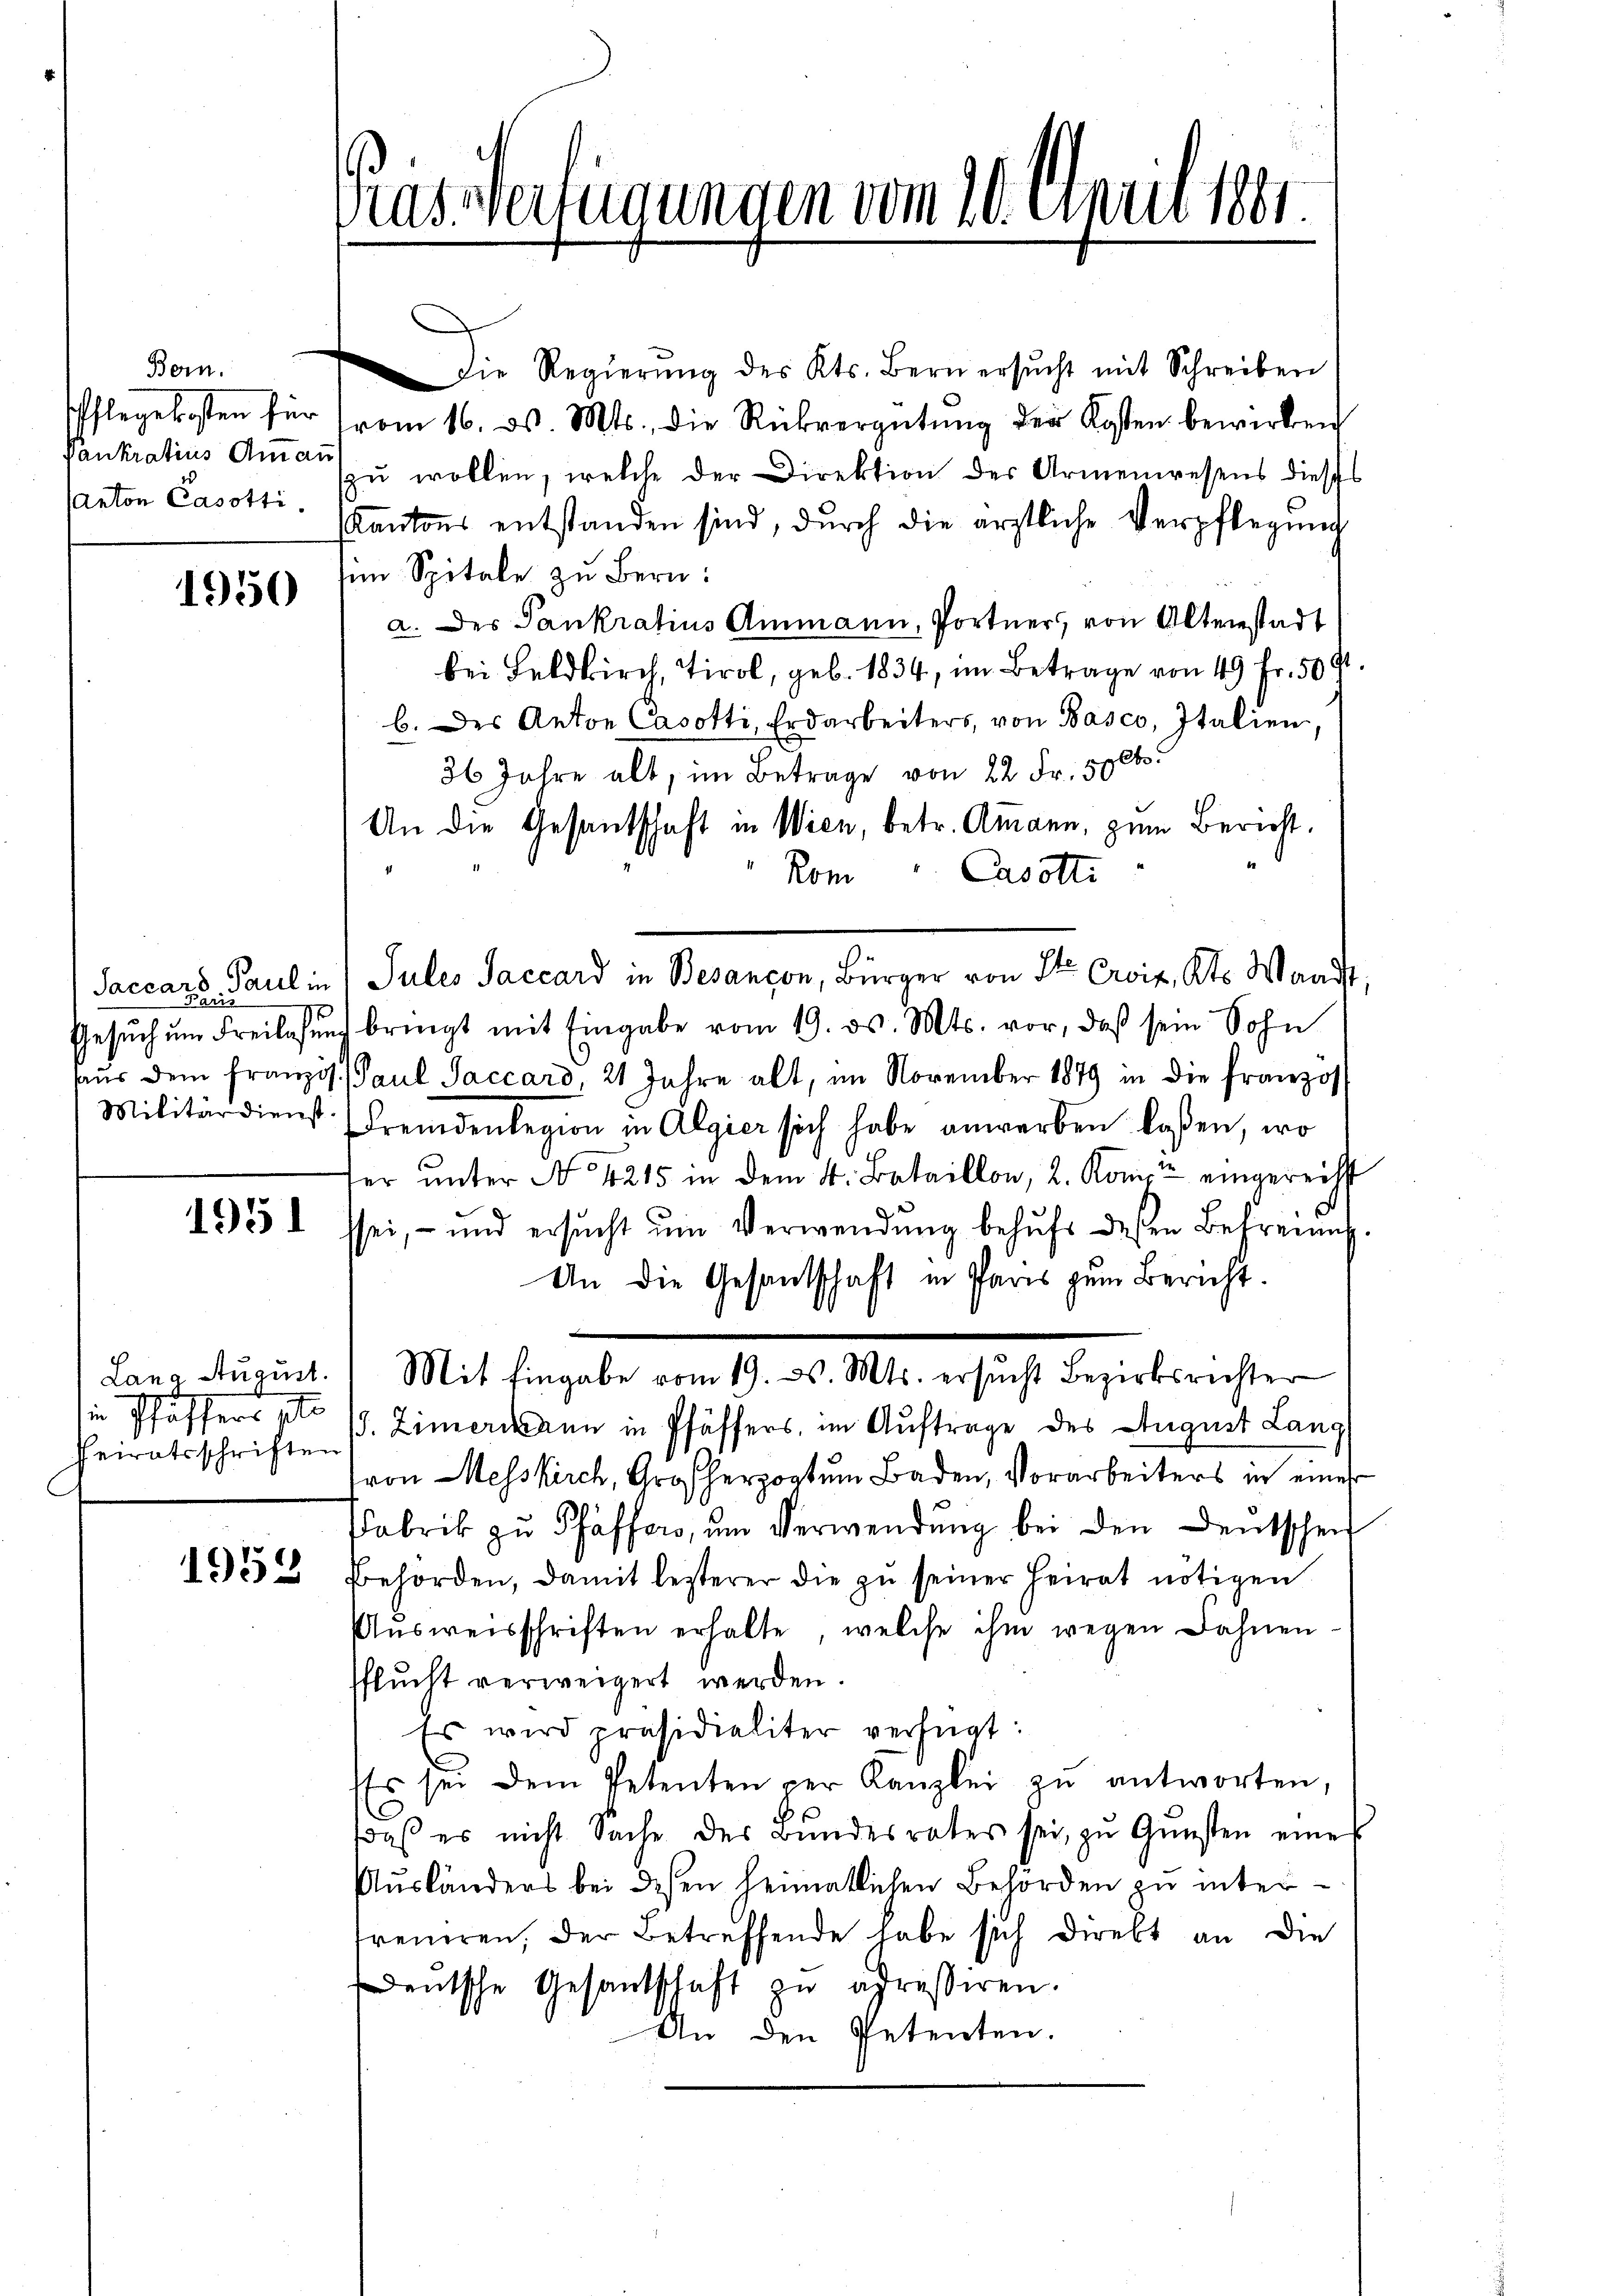
Bern.
Pankratius Ammann
Canton Casotti.

1950

Saccare Paul in
2

1951

heiratsschriften

1952

Pras. Vertigungen vom 20. Minut 1861

die Regierŭng des Kts. Bern ersŭcht mit Schreiben
Pflegekosten für vom 16. ds. Mts., die Rückvergütŭng der Kosten bewirken
zu wollen, welche der Direktion des Armenwesens dieses
Kantons entstanden sind, durch die ärztliche Verpflegung
sen Spitale zu Bern:
a. des Pankratius Ammann, Portner, von Alterstadt
bei Feldkirch, Tirol, geb. 1834, im Betrage von 49 Fr. 509.
b. des Anton Casotti, Erdarbeiters, von Basco, Italien,
Cb.
36 Jahre alt, im Betrage von 22 Fr. 50
An die Gesandschaft in Wien, betr. Amann, zum Bericht.
Rom. Casotti
Jules Saccard in Besançon, Bürger von St. Croix, Kts. Waadt,
Gesŭch ŭm Freilassŭng bringt mit Eingabe vom 19. ds. Mts. vor, daß sein Sohn
aŭs dem franzis Paul Saccard, 21 Jahre alt, im November 1879 in die franzos
Militärdienst Fremdenlegion in Algier sich habe anwerben lassen, wo
fer ŭnter No 4215 in dem 4. Bataillon, 2. Komit eingereicht
ssei, - und ersŭcht ŭm Verwendŭng behŭfs dessen Befreung.
An die Gesantschaft in Paris zum Bericht.
Lano Aŭgŭst. Mit Eingabe vom 19. d. Mts. ersucht Bezirksrichter
sie Pfäffers pro 19. Zimer kann in Pfäffers, im Auftrage des August Lang
(von Messkirch, Großherzogtum Baden, Vorarbeiters in einer
Fabrik zŭ Pfäffer, ŭm Verwendŭng bei den Deutscheid
Behörden, damit lezterer die zŭ seiner Heirat nötigen
Aŭsweisschriften erhalte, welche ihm wegen Bahnen
Pflucht verweigert werden.
Es wird präsidialiter verfügt:
Es sei dem Petenten per Kanzlei zŭ antworten,
daß er nicht Sache des Bundesrates sei, zŭ Gŭnsten eine
Aŭsländers bei dessen heimatlichen Behörden zu inter-
treueren, der Betreffende habe sich direkt an die
Deutsche Gesandtschaft zu adressiren.
An den Petenten.